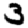
Digit: 3